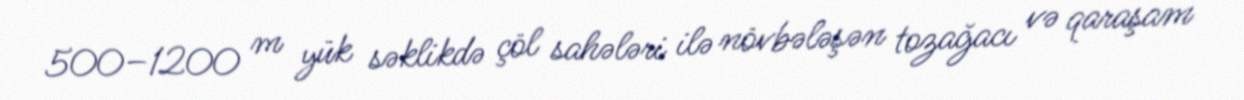
500–1200 m yük səklikdə çöl sahələri ilə növbələşən tozağacı və qaraşam